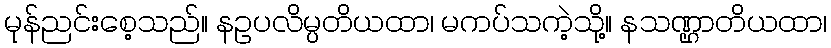
မုန်ညင်းစေ့သည်။ နဥပလိမ္ပတိယထာ၊ မကပ်သကဲ့သို့။ နသဏ္ဌာတိယထာ၊